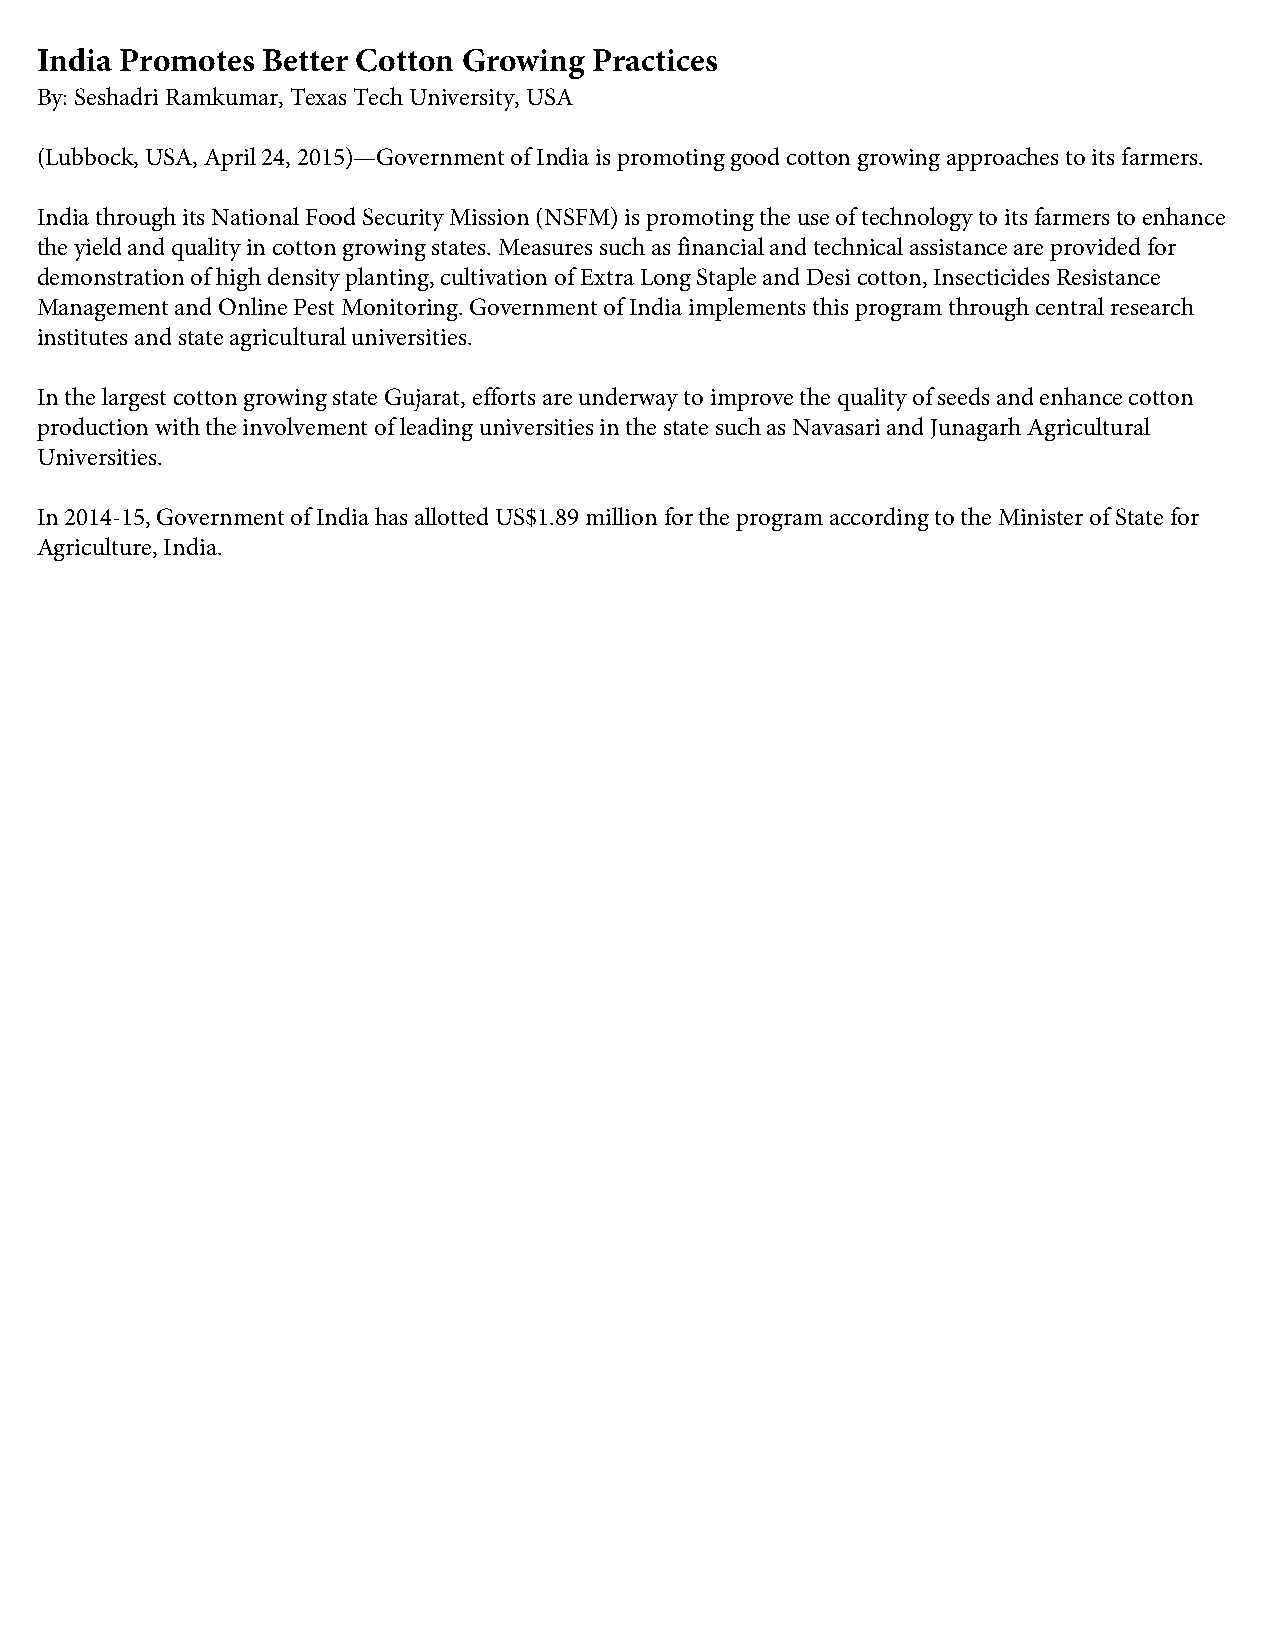
India Promotes Better Cotton Growing Practices
 By: Seshadri Ramkumar, Texas Tech University, USA
 (Lubbock, USA, April 24, 2015)—Government of India is promoting good cotton growing approaches to its farmers.
 India through its National Food Security Mission (NSFM) is promoting the use of technology to its farmers to enhance
 the yield and quality in cotton growing states. Measures such as financial and technical assistance are provided for
 demonstration of high density planting, cultivation of Extra Long Staple and Desi cotton, Insecticides Resistance
 Management and Online Pest Monitoring. Government of India implements this program through central research
 institutes and state agricultural universities.
 In the largest cotton growing state Gujarat, efforts are underway to improve the quality of seeds and enhance cotton
 production with the involvement of leading universities in the state such as Navasari and Junagarh Agricultural
 Universities.
 In 2014-15, Government of India has allotted US$1.89 million for the program according to the Minister of State for
 Agriculture, India.